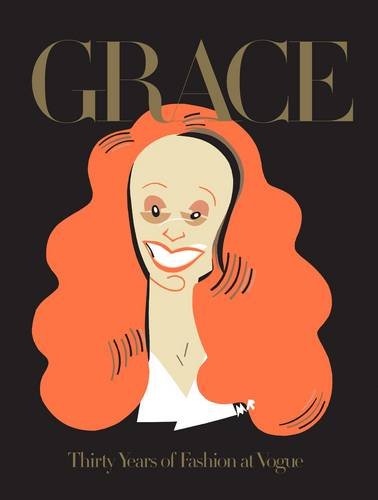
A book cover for Grace: Thirty Years of Fashion at Vogue; Grace Coddington; Arts & Photography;